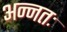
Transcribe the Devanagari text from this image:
अन्नतः